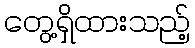
တွေ့ရှိထားသည့်